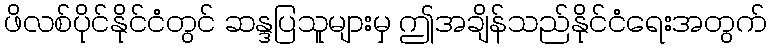
ဖိလစ်ပိုင်နိုင်ငံတွင် ဆန္ဒပြသူများမှ ဤအချိန်သည်နိုင်ငံရေးအတွက်